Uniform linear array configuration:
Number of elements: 4
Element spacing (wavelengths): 1
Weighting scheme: kaiser
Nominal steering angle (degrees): -30
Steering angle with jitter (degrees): -28.679
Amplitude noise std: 0.05
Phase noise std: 0.05

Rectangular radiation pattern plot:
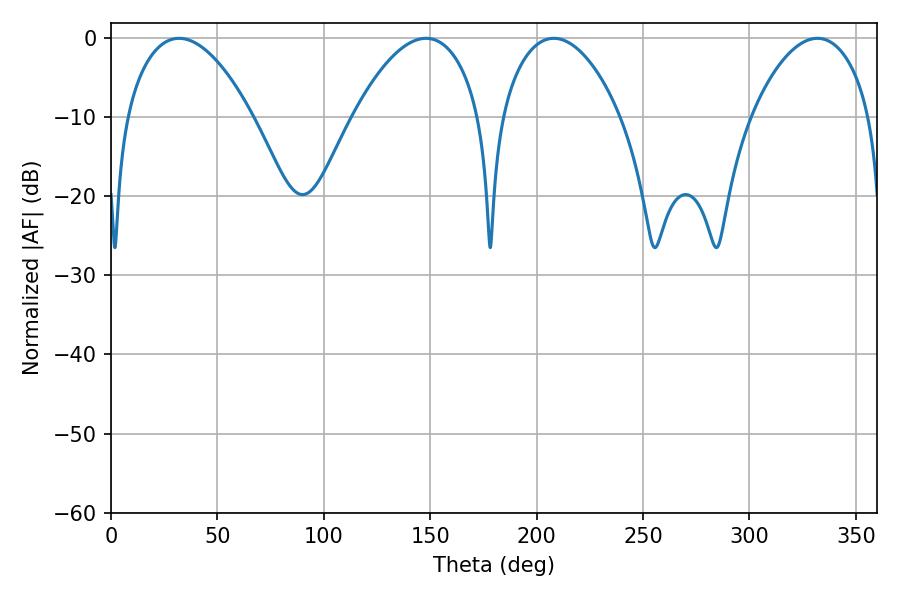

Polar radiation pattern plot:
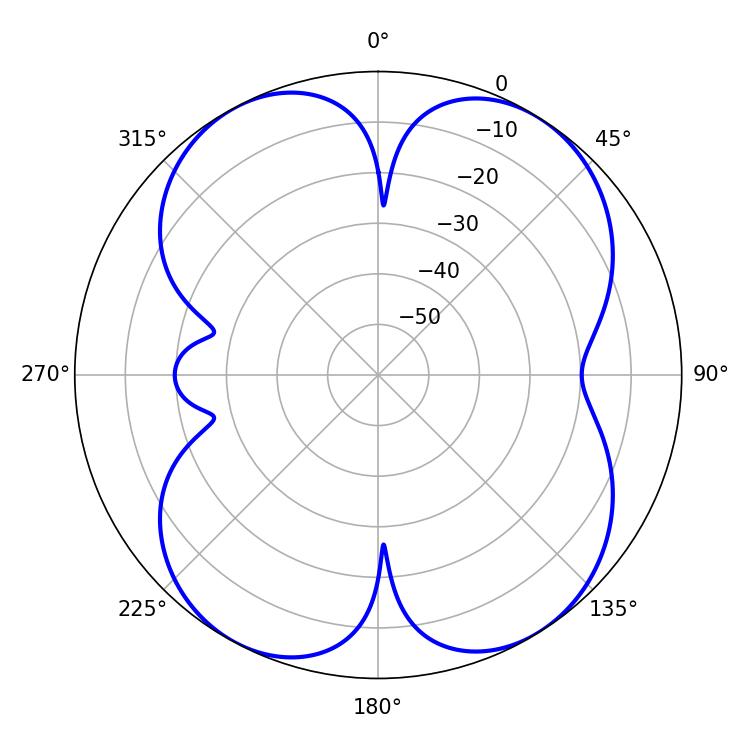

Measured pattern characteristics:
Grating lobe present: TRUE
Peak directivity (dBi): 12.183
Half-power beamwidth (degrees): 31.5
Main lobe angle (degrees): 208.08